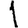
Digit: 1